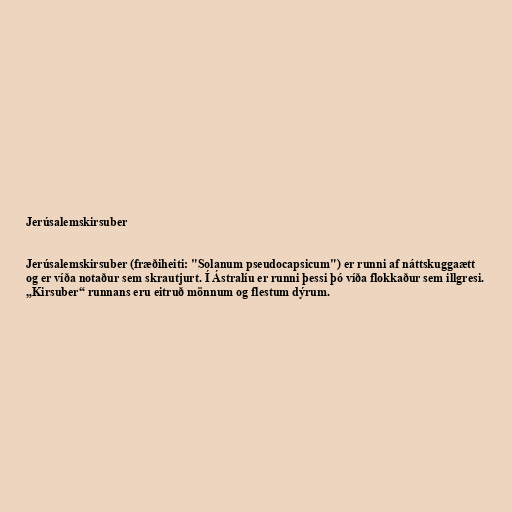
Jerúsalemskirsuber

Jerúsalemskirsuber (fræðiheiti: "Solanum pseudocapsicum") er runni af náttskuggaætt
og er víða notaður sem skrautjurt. Í Ástralíu er runni þessi þó víða flokkaður sem illgresi.
„Kirsuber“ runnans eru eitruð mönnum og flestum dýrum.